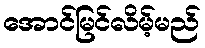
အောင်မြင်လိမ့်မည်